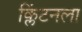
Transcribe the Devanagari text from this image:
क्लिंटनला